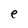
Character: e